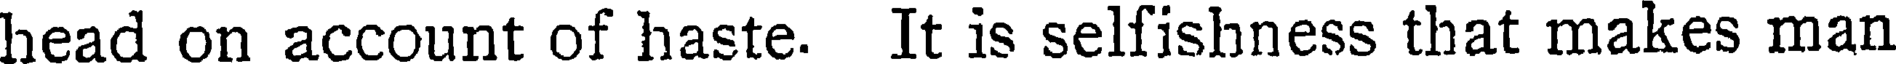
head on account of haste. It is selfishness that makes man